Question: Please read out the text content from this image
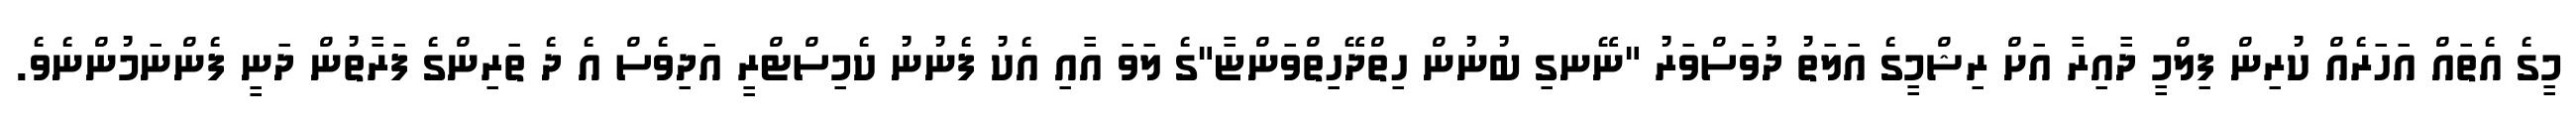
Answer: މީގެ އެތައް އަހަރެއް ކުރިން ފިލްމީ ދާއިރާ އަށް ރިޝްމީގެ އަލަތު ދުވަސްވަރު "ނޭނގި ބުނުން ހިތްދޭހިތްވަންޏާ"ގެ ލަވަ އާއި އެކު ފެނުނު ކެމިސްޓްރީ އަދިވެސް އެ ދެ ތަރިންގެ ފަރާތުން ދަނީ ފެންނަމުންނެވެ.